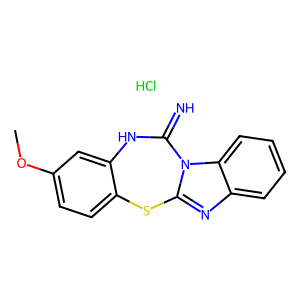
SMILES: COc1ccc2c(c1)NC(=N)n1c(nc3ccccc31)S2.Cl
Inhibits HIV replication: No